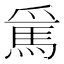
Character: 𲋵